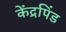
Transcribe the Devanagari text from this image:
केंद्रपिंड